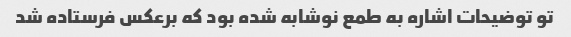
تو توضیحات اشاره به طمع نوشابه شده بود که برعکس فرستاده شد